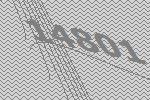
14801